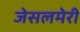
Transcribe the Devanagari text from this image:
जेसलमेरी